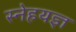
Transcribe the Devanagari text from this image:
स्नेहयज्ञ